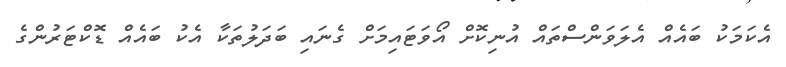
އެކަމަކު ބައެއް އެލަވަންސްތައް އުނިކޮށް އޯވަޓައިމަށް ގެނައި ބަދަލުތަކާ އެކު ބައެއް ޑޮކްޓަރުންގެ